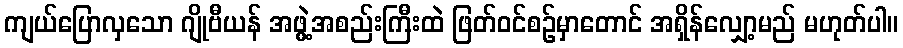
ကျယ်ပြောလှသော ဂျိုဗီယန် အဖွဲ့အစည်းကြီးထဲ ဖြတ်ဝင်စဉ်မှာတောင် အရှိန်လျှော့မည် မဟုတ်ပါ။